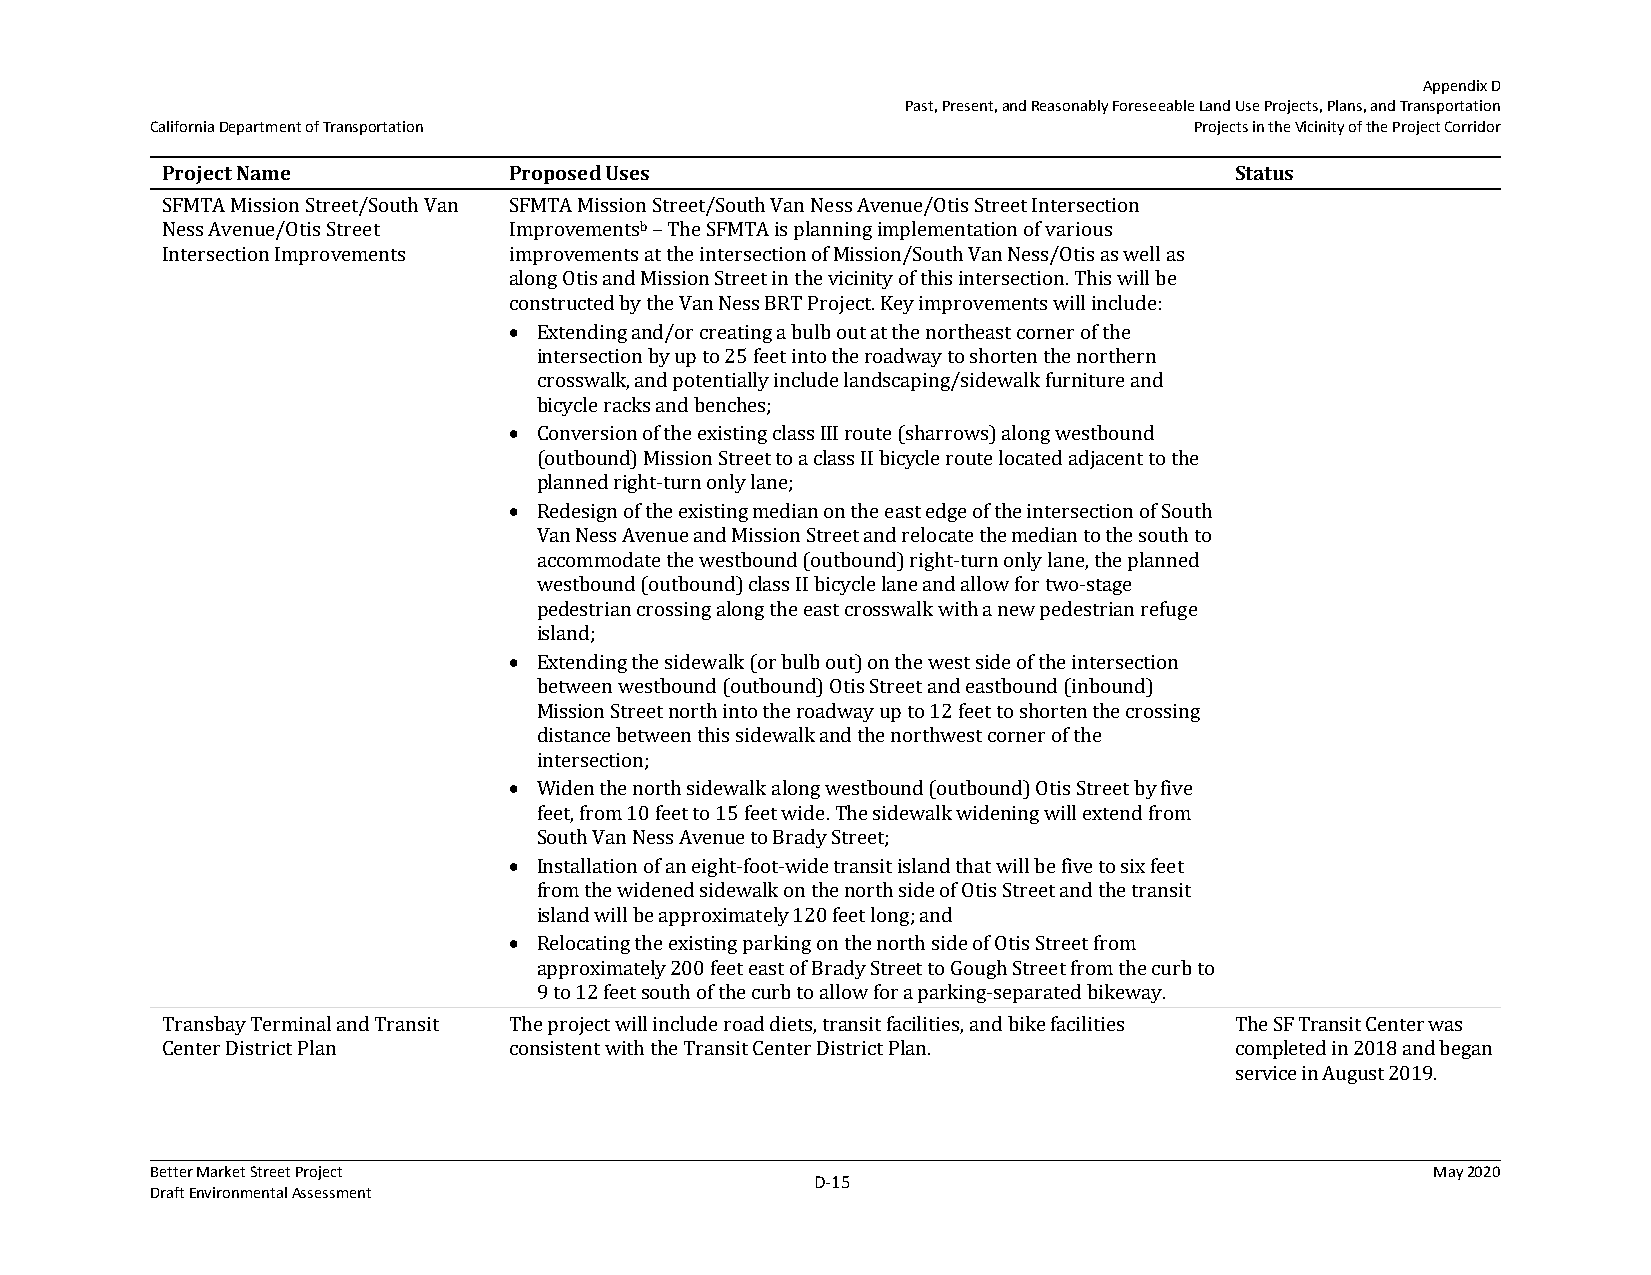
Appendix D
 Past, Present, and Reasonably Foreseeable Land Use Projects, Plans, and Transportation
 California Department of Transportation                              Projects in the Vicinity of the Project Corridor
 Project Name           Proposed Uses                                   Status
 SFMTA Mission Street/South Van SFMTA Mission Street/South Van Ness Avenue/Otis Street Intersection
 Ness Avenue/Otis Street Improvementsb – The SFMTA is planning implementation of various
 Intersection Improvements improvements at the intersection of Mission/South Van Ness/Otis as well as
 along Otis and Mission Street in the vicinity of this intersection. This will be
 constructed by the Van Ness BRT Project. Key improvements will include:
  Extending and/or creating a bulb out at the northeast corner of the
 intersection by up to 25 feet into the roadway to shorten the northern
 crosswalk, and potentially include landscaping/sidewalk furniture and
 bicycle racks and benches;
  Conversion of the existing class III route (sharrows) along westbound
 (outbound) Mission Street to a class II bicycle route located adjacent to the
 planned right-turn only lane;
  Redesign of the existing median on the east edge of the intersection of South
 Van Ness Avenue and Mission Street and relocate the median to the south to
 accommodate the westbound (outbound) right-turn only lane, the planned
 westbound (outbound) class II bicycle lane and allow for two-stage
 pedestrian crossing along the east crosswalk with a new pedestrian refuge
 island;
  Extending the sidewalk (or bulb out) on the west side of the intersection
 between westbound (outbound) Otis Street and eastbound (inbound)
 Mission Street north into the roadway up to 12 feet to shorten the crossing
 distance between this sidewalk and the northwest corner of the
 intersection;
  Widen the north sidewalk along westbound (outbound) Otis Street by five
 feet, from 10 feet to 15 feet wide. The sidewalk widening will extend from
 South Van Ness Avenue to Brady Street;
  Installation of an eight-foot-wide transit island that will be five to six feet
 from the widened sidewalk on the north side of Otis Street and the transit
 island will be approximately 120 feet long; and
  Relocating the existing parking on the north side of Otis Street from
 approximately 200 feet east of Brady Street to Gough Street from the curb to
 9 to 12 feet south of the curb to allow for a parking-separated bikeway.
 Transbay Terminal and Transit The project will include road diets, transit facilities, and bike facilities The SF Transit Center was
 Center District Plan   consistent with the Transit Center District Plan. completed in 2018 and began
 service in August 2019.
 Better Market Street Project                                                         May 2020
 D‐15
 Draft Environmental Assessment